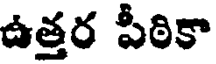
ఉత్తర పీఠికా